Bréfritari: Jakobína Jónsdóttir
Viðtakandi: Sólveig Jónsdóttir
Dagsetning: A-1857-01-12
Skrifað á: Hólmum  S-Múl.
systir bréfviðtakanda

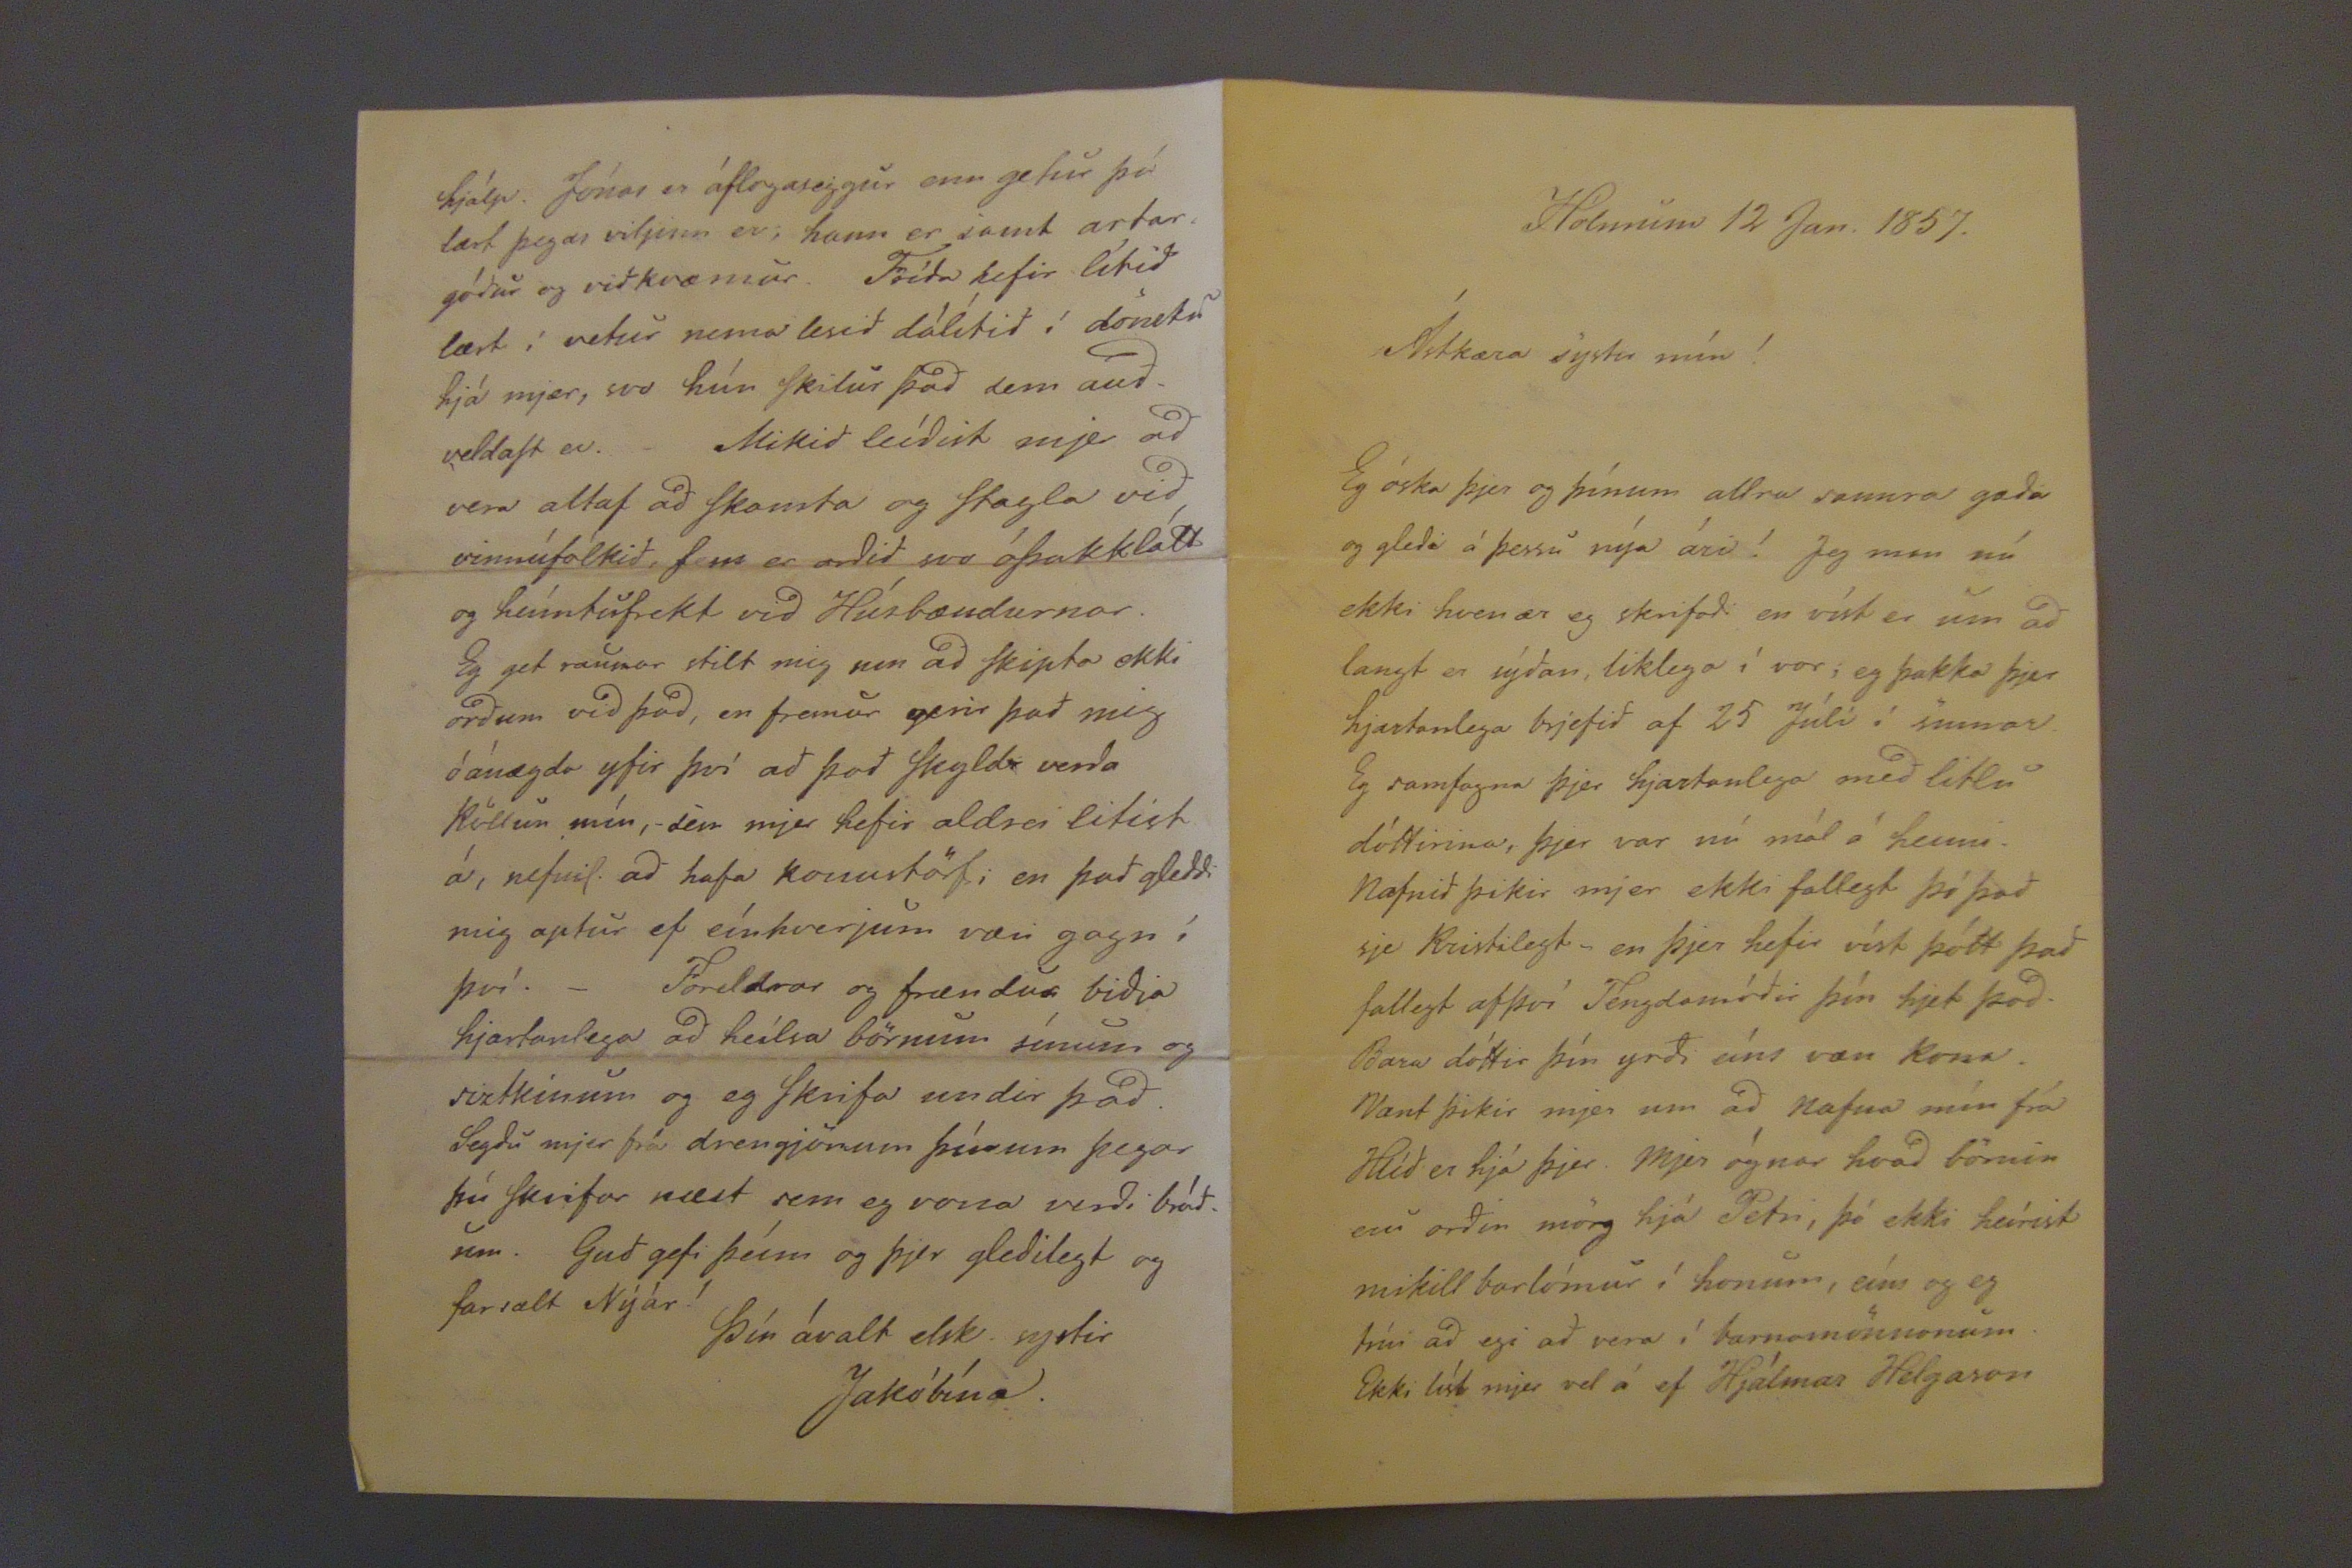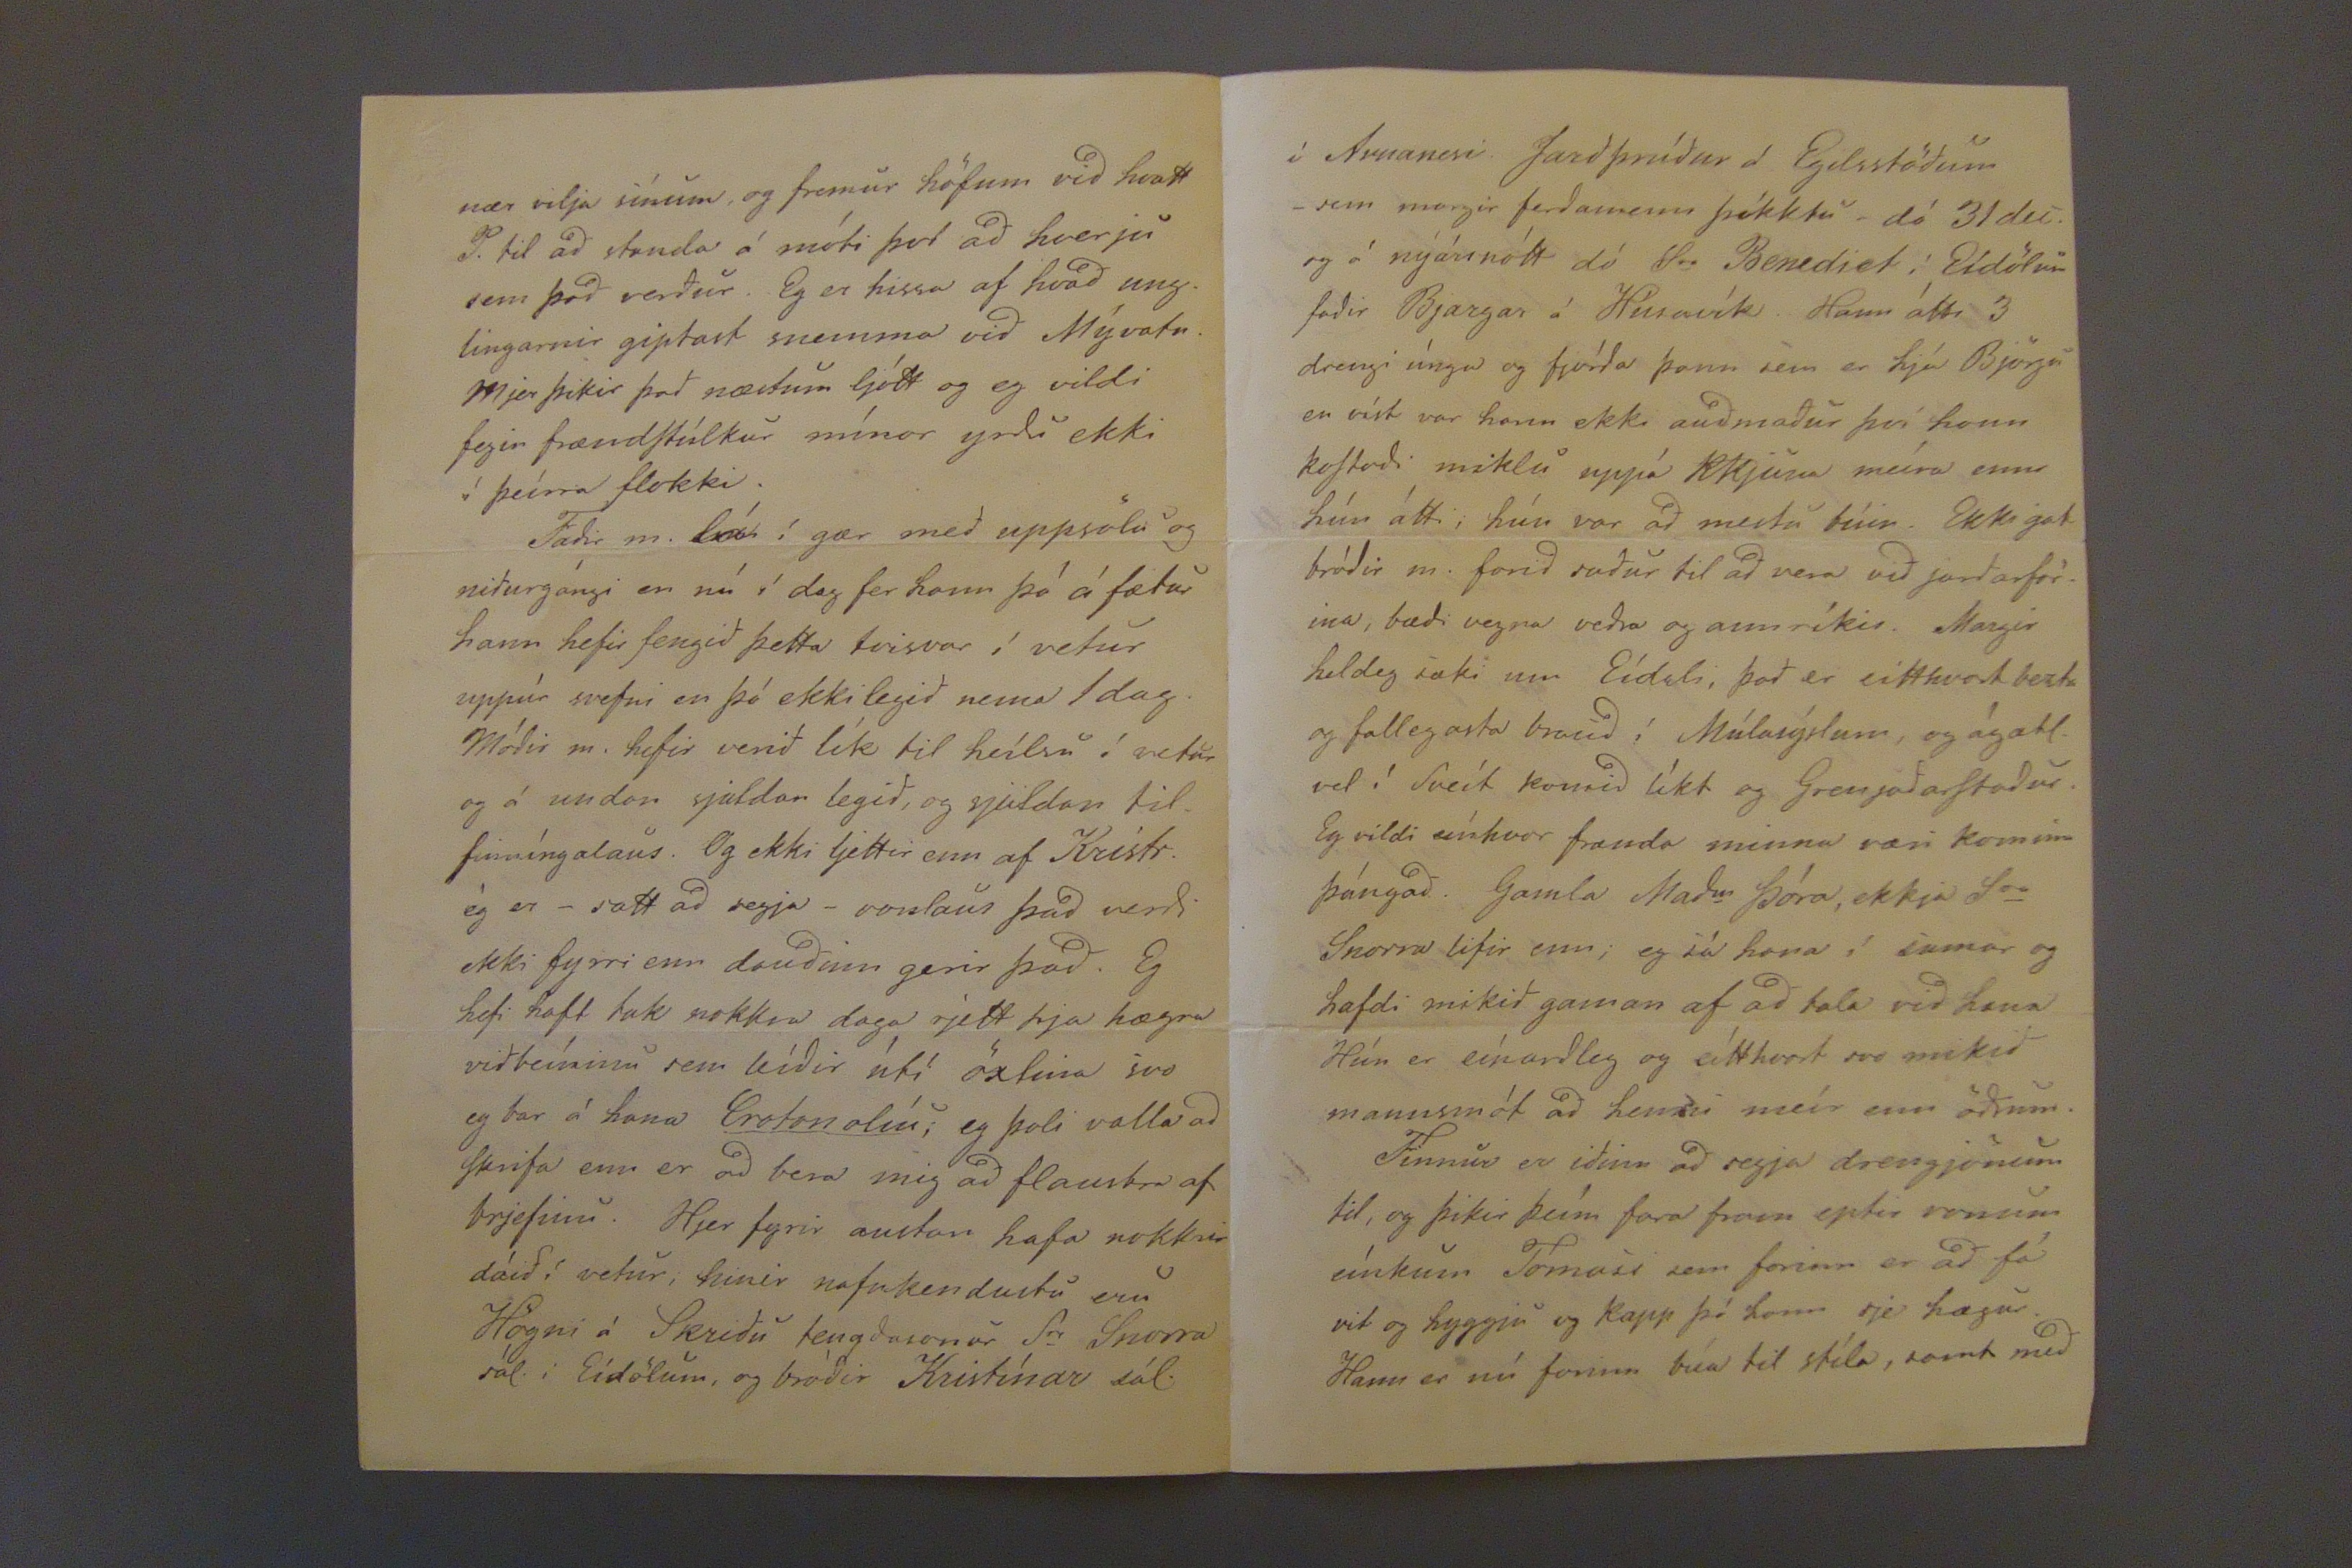

Holmum 12 Jan. 1857.
Ástkæra systir mín!
Ég óska þjer og þínum allra sannra gæða og gleði á þessu nýa ári! Jeg man nú ekki hvenær eg skrifaði en víst er um að langt er sýðan, líklega í vor; eg þakka þjer hjartanlega brjefið af 25 Júlí í sumar. Eg samfagna þjer hjartanlega með litlu dóttirina, þjer var nú mál á henni. Nafnið þikir mjer ekki fallegt þó það sje Kristilegt- en þjer hefir víst þótt það fallegt afþví Tengdamóðir þín hjet það. Bara dóttir þín yrði eíns væn kona. Vænt þikir mjer um að nafna mín frá Hlíð er hjá þjer. Mjer ógnar hvað börnin eru orðin mörg hjá Petri, þó ekki heírist mikill barlómur í honum, eíns og eg trúi að egi að vera í barnamönnonum. Ekki líst mjer vel á ef Hjálmar Helgason
nær vilja sínum, og fremur höfum við hvatt T. til að standa á móti því að hverju sem verður. Eg er hissa af hvað unglingarnir giptast snemma við Mývatn. Mjer þikir það næstum ljótt og eg vildi fegin frændStúlkur mínar yrði ekki í þeírra flokki.
Faðir m. lá í gær með uppsölu og niðurgángi en nú í dag fer hann þó á fætur hann hefir fengið þetta tvisvar í vetur uppúr svefni en þó ekki legið nema 1 dag. Móðir m. hefir verið lík til heílsu í vetur og á undan sjaldan legið, og sjaldan tilfinníngalaus. Og ekki ljettir enn af Krístr. ég er -satt að segja- vonlaus það verið ekki fyrr enn daudinn gerir það. Eg hefi haft tak nokkra daga rjett hja hægra viðbeíninu sem leíðir útí öxlina svo eg bar á hana
Crotonolíu
; eg þoli valla að Skrifa enn er að bera mig að flaustra af brjefinu. Hjer fyrir austan hafa nokkrir dáið í vetur; hinir nafnkendustu eru Högni á Skriðu tengdasonur Sr. Snorra sál. i Eídölum, og bróðir Kristínar sál.
hjálp. Jónas er áflogaseigur enn getur þó lært þegar viljinn er; hann er samt artar góður og vidkvæmur. Fríða hefir lítið lært í vetur nema lesid dálítid í dönsku hjá mjer, svo hún Skilur þad sem audveldaSt er. Mikid leídist mjer ad vera altaf ad Skausta og Stagla vid vinnúfolkid, Sem er ordid svo óþakklátt og heímtufrekt vid Húsbændurnar. Eg get raunar stilt mig um ad skipta ekki ordum vid þad, en fremur gerir þad mig óánægda yfir því ad þad Skyldi verda Köllun mín,- sem mjer hefir aldrei litist á, nefnil. ad hafa konustörf; en þad gladdi mig aptur ef eínhverjum væri gagn í því.- Forldrar og frændur bidja hjartanlega ad heílsa börnunum sínum og siztkinum og eg Skrifa undir þad. Segdu mjer frá drengjunum þínum þegar þú Skrifar næst sem eg vona verdi brádum. Gud gefi þeím og þjer gledilegt og farsælt Nýár!
Þín ávalt elsk. systir
Jakóbína.